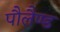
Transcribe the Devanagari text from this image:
पौलैण्ड